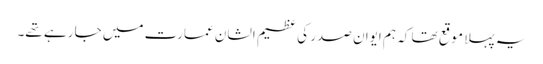
یہ پہلا موقع تھا کہ ہم ایوان صدر کی عظیم الشان عمارت میں جا رہے تھے۔